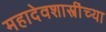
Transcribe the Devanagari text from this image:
महादेवशास्त्रींच्या